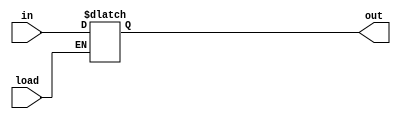
/*
 *                                  LATCH
 *
 *                        Copyright (c) 2021 Kevin Lynch
 *                This file is licensed under the MIT license
 *
 *  A width-parameterized latch
 *
 * data is loaded when the load input is 1.
 */
module latch(load, in, out);

  parameter WIDTH = 8;

  input load;
  input [WIDTH-1: 0] in;
  output reg [WIDTH-1: 0] out;

  always @(load or in)
    if (load)
      out <= in;

endmodule